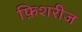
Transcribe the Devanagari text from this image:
फ़िशरीज